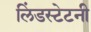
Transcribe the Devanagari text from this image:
लिंडस्टेटनी